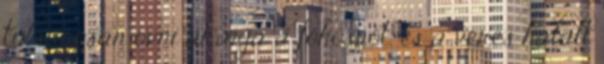
túlságosan óvni akarja a főhősnőt, és a véres halált